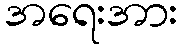
အရေးအား